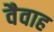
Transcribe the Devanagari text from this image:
वैवाह